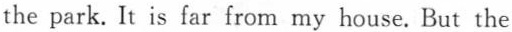
the park. It is far from my house. But the